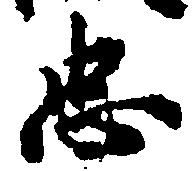
忠